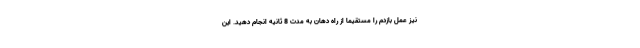
نیز عمل بازدم را مستقیما از راه دهان به مدت 8 ثانیه انجام دهید. این